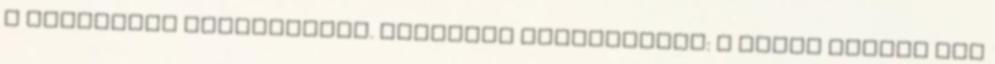
a kialakuló hálózatokat. Hálózati semlegesség: a siker kulcsa Míg